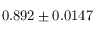
0 . 8 9 2 \pm 0 . 0 1 4 7